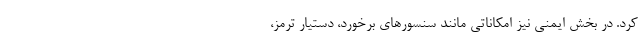
کرد. در بخش ایمنی نیز امکاناتی مانند سنسورهای برخورد، دستیار ترمز،